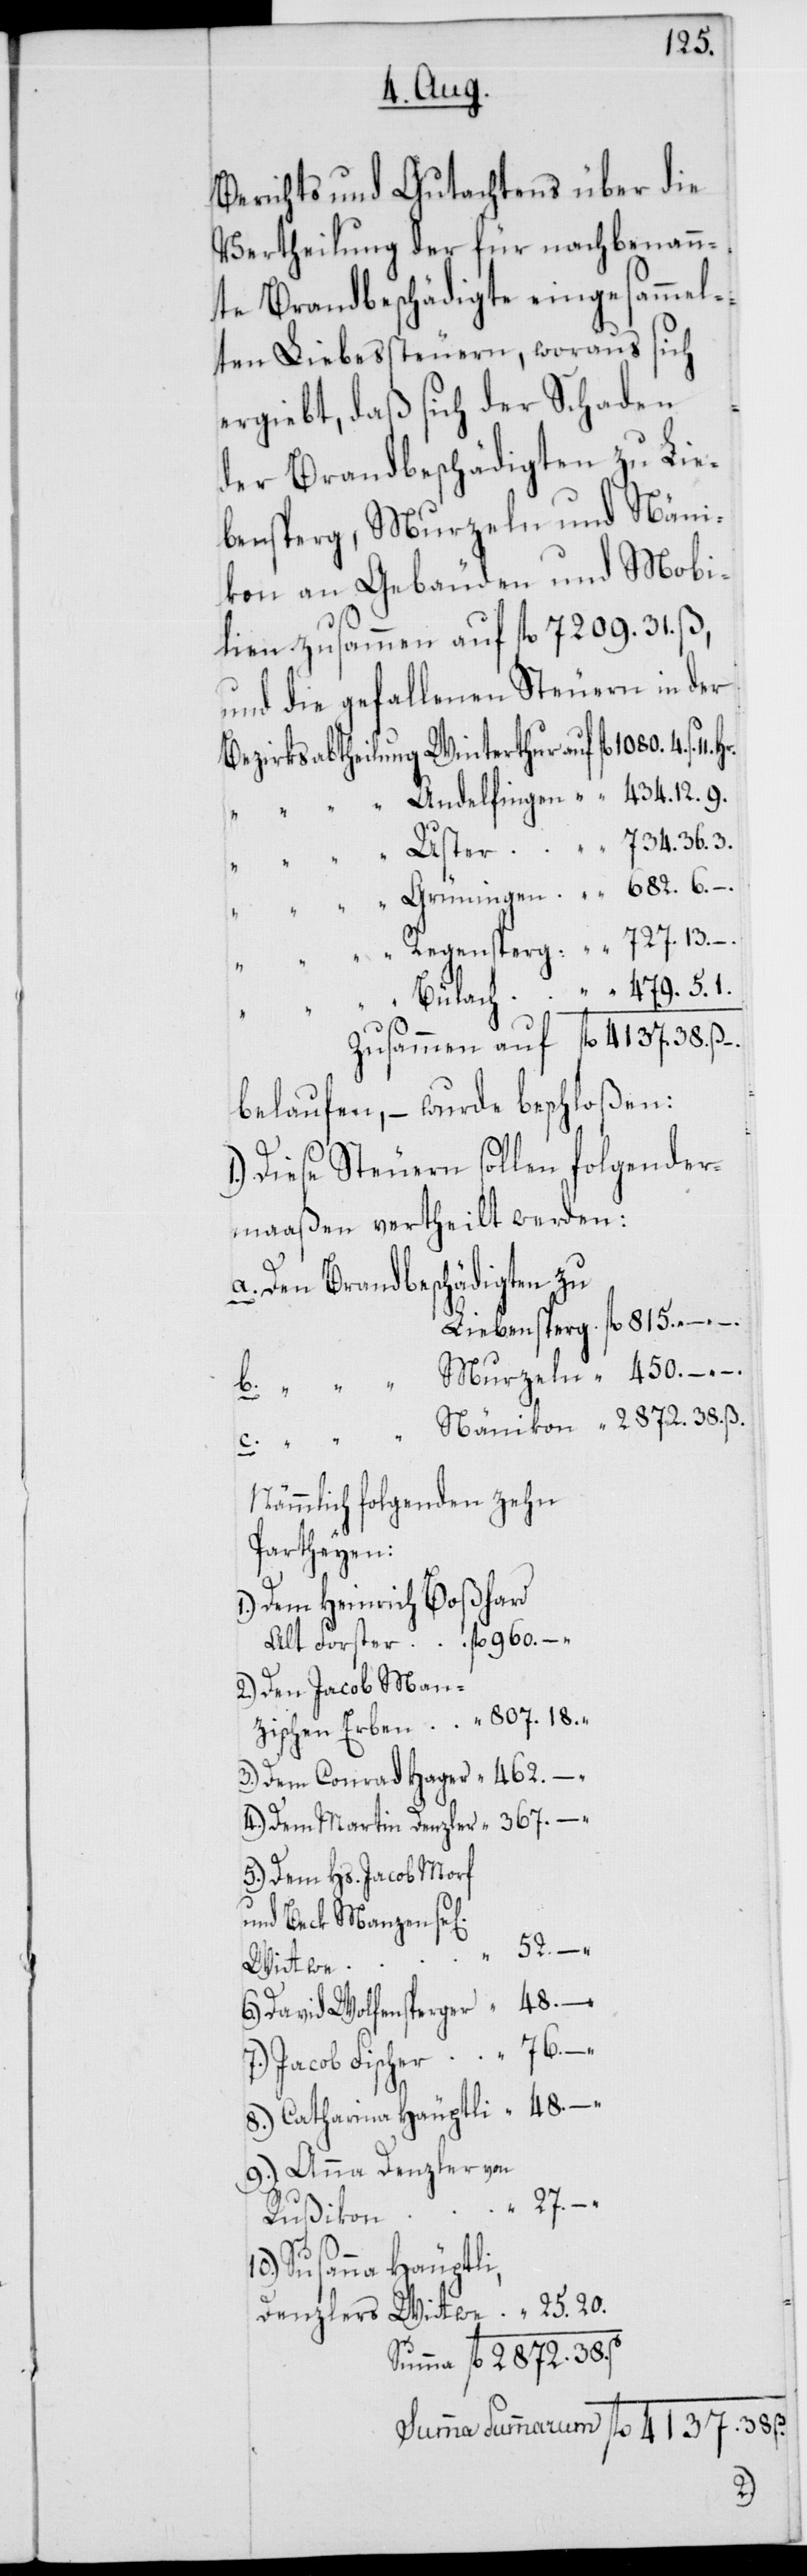
Berichts und Gutachtens über die
Vertheilung der für nachbenann¬
te Brandbeschädigte eingesammel¬
ten Liebessteuern, woraus sich
ergiebt, daß sich der Schaden
der Brandbeschädigten zu Lie¬
bensperg, Murzeln und Näni¬
kon an Gebäuden und Mobi¬
lien zusammen auf 7209. fl.
und die gefallenen Steuern in der
Bezirksabtheilung Winterthur auf fl. 1080. 4. ß.
“ Andelfingen “ “ 434. 12. 9.
Uster “ “ 734. 36. 3.
“ Grüningen “ “ 682. 6. –.
“ Regensperg “ “ 727. 13. –.
“ Bülach “ “ 479. 5. 1.
zusammen auf fl. 4137. 38. ß –.
belaufen, – wurde beschloßen:
Diese Steuern sollen folgender¬
maaßen vertheilt werden:
a. Den Brandbeschädigten zu
Liebensberg fl. 815.
Murzeln “ 450. –. –.
b.
Nänikon “ 2872. 38. ß.
Nämmlich folgenden zehn
Parteien:
c.
1.) Dem Heinrich Boßhard,
alt Forster fl. 960. –.
2.) Den Jacob Man¬
zischen Erben “ 807. 18.
3.) Dem Conrad Hager “ 462. –.
4.) Dem Martin Denzler “ 367. –.
5.) Dem Hs. Jacob Morf
52. –.
Wittwe
6.) David Wolfensperger
76. –.
Jacob Fischer
8.) Catharina Häuptli “ 48. –.
9.) Anna Denzler von
11.
“ 27. –.
Rußikon
31.
10.) Susanna Häuptli,
Denzlers Wittwe “ 25. 20.
Summa fl. 2872. 38.
Summa Summarum fl. 4137.

ß.